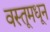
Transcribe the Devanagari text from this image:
वस्तूमधून